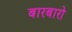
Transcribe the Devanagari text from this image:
बारबारो